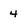
Character: 4